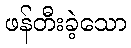
ဖန်တီးခဲ့သော